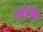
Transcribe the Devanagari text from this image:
लाॅके